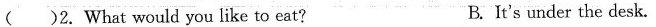
( )2.What would you like to eat? B. It's under the desk.